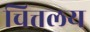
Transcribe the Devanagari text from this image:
चित्तलय